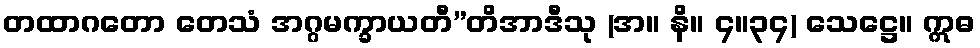
တထာဂတော တေသံ အဂ္ဂမက္ခာယတီ”တိအာဒီသု (အ။ နိ။ ၄။၃၄) သေဋ္ဌေ။ ဣဓ